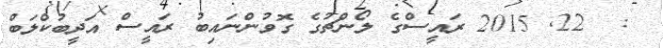
:  22